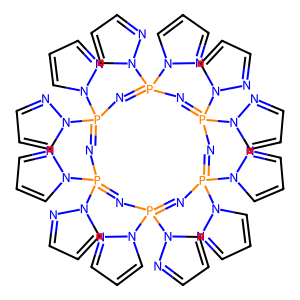
SMILES: c1cnn(P2(n3cccn3)=NP(n3cccn3)(n3cccn3)=NP(n3cccn3)(n3cccn3)=NP(n3cccn3)(n3cccn3)=NP(n3cccn3)(n3cccn3)=NP(n3cccn3)(n3cccn3)=N2)c1
Inhibits HIV replication: No